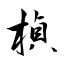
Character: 楨